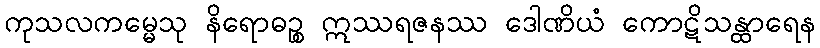
ကုသလကမ္မေသု နိရောဓဉ္စ ဣဿရဇနဿ ဒေါဏိယံ ကောဋိသန္ထာရေန